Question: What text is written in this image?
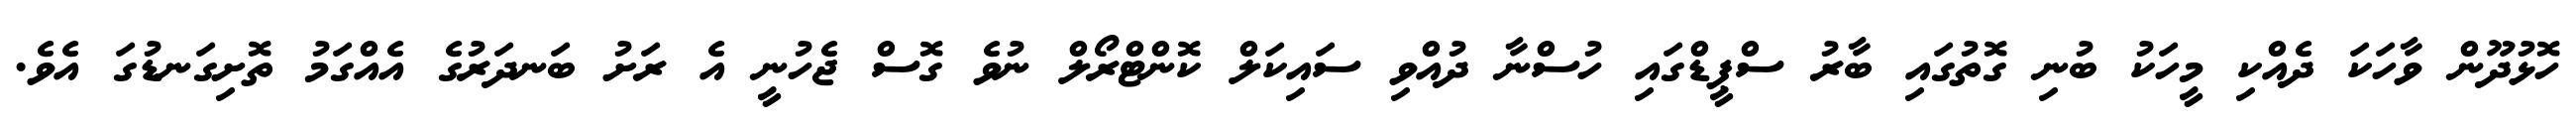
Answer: ހޮޅުދޫން ވާހަކަ ދެއްކި މީހަކު ބުނި ގޮތުގައި ބާރު ސްޕީޑްގައި ހުސްނާ ދުއްވި ސައިކަލް ކޮންޓްރޯލް ނުވެ ގޮސް ޖެހުނީ އެ ރަށު ބަނދަރުގެ އެއްގަމު ތޮށިގަނޑުގަ އެވެ.